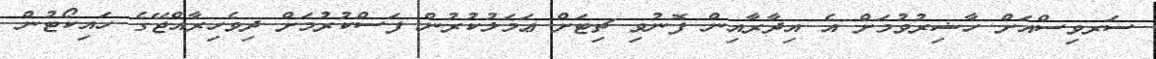
ސަރވިސްއަށް ހާޟިރުވުމަށް އެ އިދާރާއިން ފޮނުވި ޗިޓަށް ޢަމަލުކުރުން ފަސްކުރުމަށް ދިވެހިރާއްޖޭގެ ހައިކޯޓުން